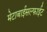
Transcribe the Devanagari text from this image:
मेटाबाईसल्फाईट